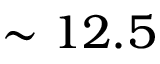
\sim 1 2 . 5